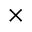
\times